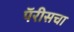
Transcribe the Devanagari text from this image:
पॅरीसचा